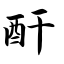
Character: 酐